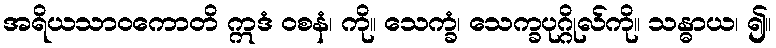
အရိယသာဝကောတိ ဣဒံ ဝစနံ၊ ကို။ သေက္ခံ၊ သေက္ခပုဂ္ဂိုလ်ကို။ သန္ဓာယ၊ ၍။